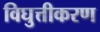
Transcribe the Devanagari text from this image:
विघुत्तीकरण